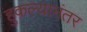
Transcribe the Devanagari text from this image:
हुकल्यानंतर